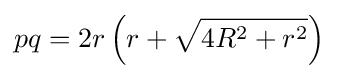
pq=2r\left(r+{\sqrt {4R^{2}+r^{2}}}\right)